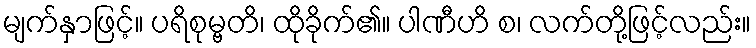
မျက်နှာဖြင့်။ ပရိစုမ္ဗတိ၊ ထိုခိုက်၏။ ပါဏီဟိ စ၊ လက်တို့ဖြင့်လည်း။